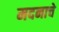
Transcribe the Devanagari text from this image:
मदनाचे